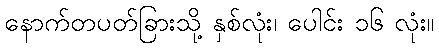
နောက်တပတ်ခြားသို့ နှစ်လုံး၊ ပေါင်း ၁၆ လုံး။